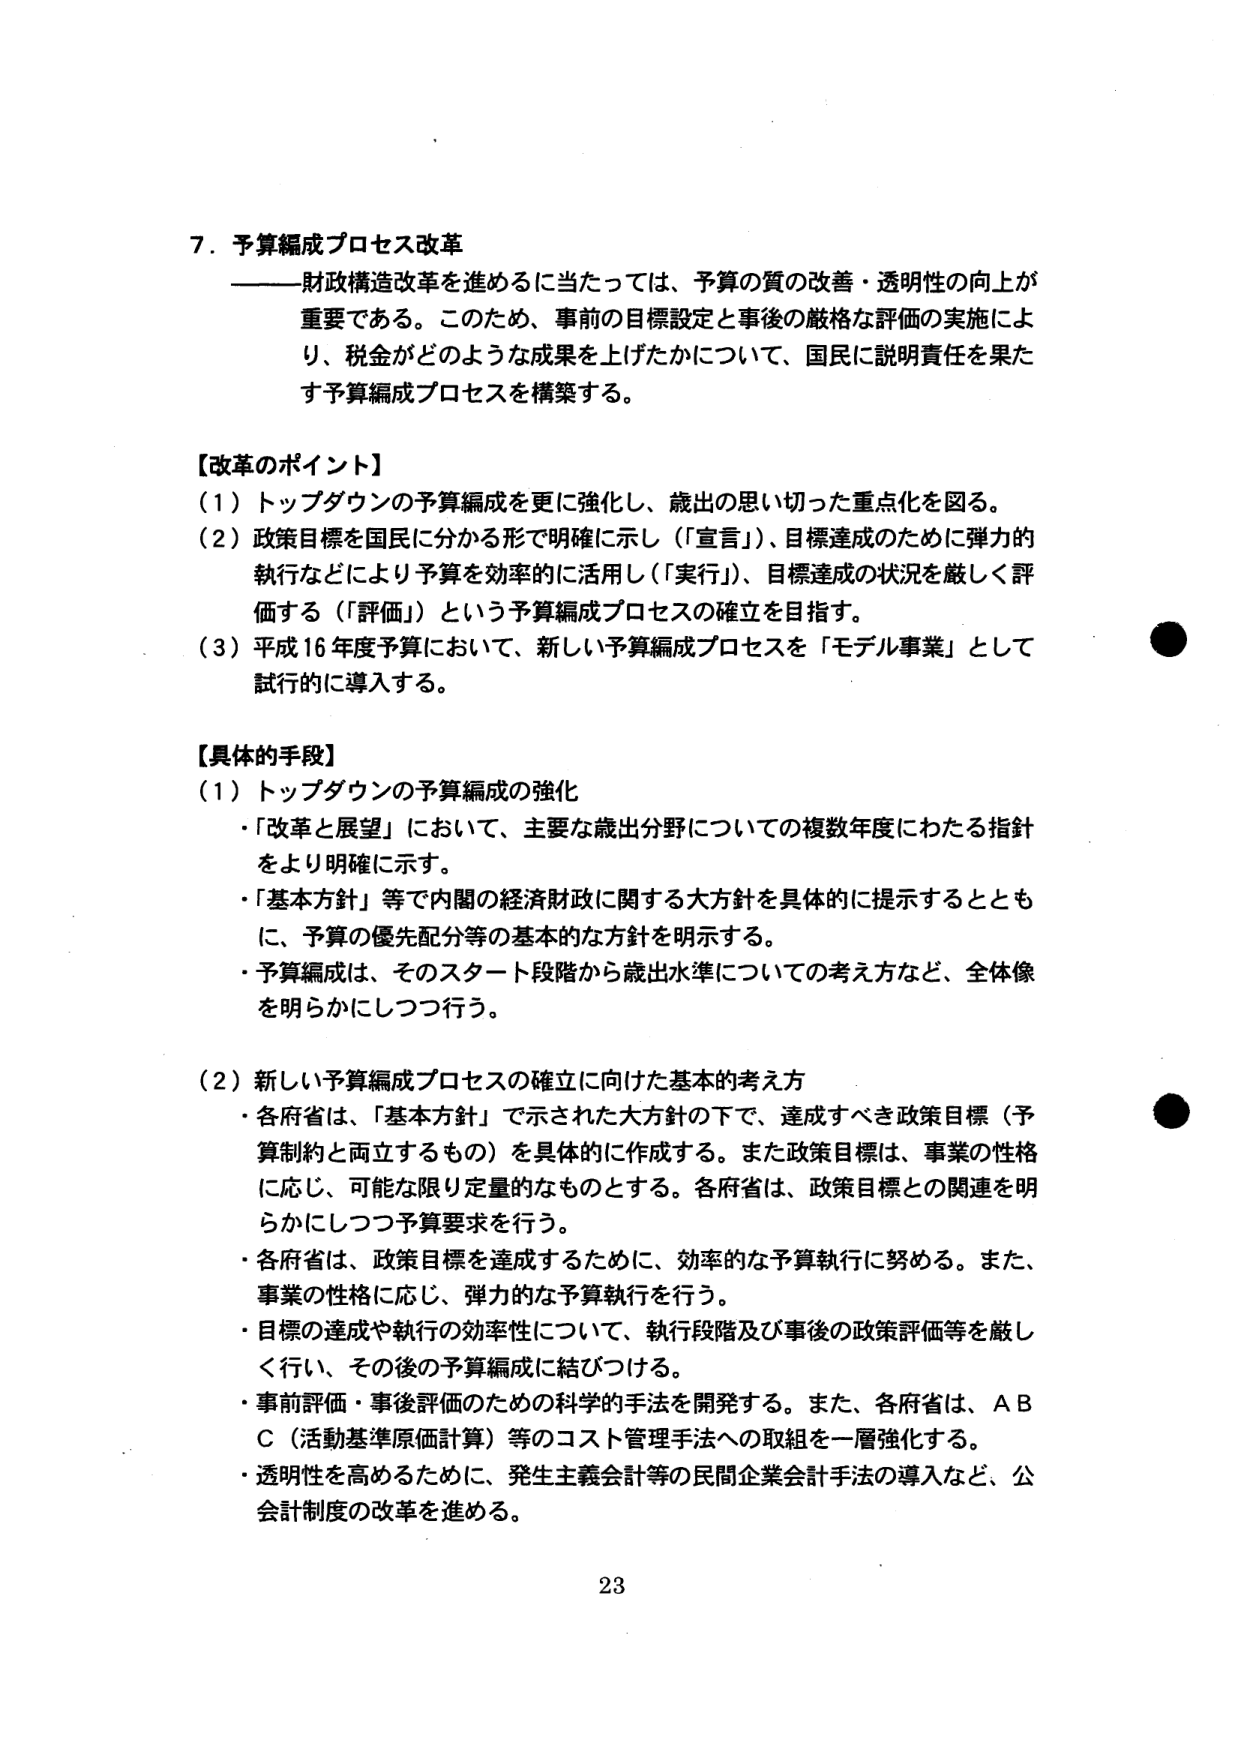
7. 予算編成プロセス改革
——財政構造改革を進めるに当たっては、予算の質の改善・透明性の向上が
重要である。このため、事前の目標設定と事後の厳格な評価の実施によ
り、税金がどのような成果を上げたかについて、国民に説明責任を果た
す予算編成プロセスを構築する。

【改革のポイント】
（1）トップダウンの予算編成を更に強化し、歳出の思い切った重点化を図る。
（2）政策目標を国民に分かる形で明確に示し（「宣言」）、目標達成のために弾力的
執行などにより予算を効率的に活用し（「実行」）、目標達成の状況を厳しく評
価する（「評価」）という予算編成プロセスの確立を目指す。
（3）平成16年度予算において、新しい予算編成プロセスを「モデル事業」として
試行的に導入する。

【具体的手段】
（1）トップダウンの予算編成の強化
・「改革と展望」において、主要な歳出分野についての複数年度にわたる指針
をより明確に示す。
・「基本方針」等で内閣の経済財政に関する大方針を具体的に提示するととも
に、予算の優先配分等の基本的な方針を明示する。
・予算編成は、そのスタート段階から歳出水準についての考え方など、全体像
を明らかにしつつ行う。

（2）新しい予算編成プロセスの確立に向けた基本的考え方
・各府省は、「基本方針」で示された大方針の下で、達成すべき政策目標（予
算制約と両立するもの）を具体的に作成する。また政策目標は、事業の性格
に応じ、可能な限り定量的なものとする。各府省は、政策目標との関連を明
らかにしつつ予算要求を行う。
・各府省は、政策目標を達成するために、効率的な予算執行に努める。また、
事業の性格に応じ、弾力的な予算執行を行う。
・目標の達成や執行の効率性について、執行段階及び事後の政策評価等を厳し
く行い、その後の予算編成に結びつける。
・事前評価・事後評価のための科学的手法を開発する。また、各府省は、ＡＢ
Ｃ（活動基準原価計算）等のコスト管理手法への取組を一層強化する。
・透明性を高めるために、発生主義会計等の民間企業会計手法の導入など、公
会計制度の改革を進める。

23